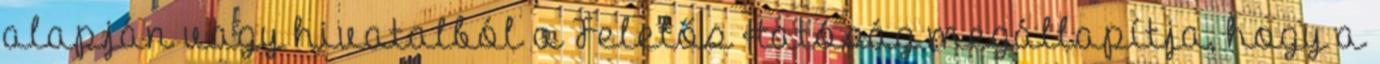
alapján vagy hivatalból a Felelős Hatóság megállapítja, hogy a